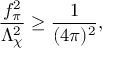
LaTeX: \frac { f _ { \pi } ^ { 2 } } { \Lambda _ { \chi } ^ { 2 } } \geq \frac { 1 } { ( 4 \pi ) ^ { 2 } } ,